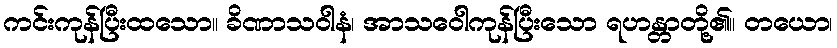
ကင်းကုန်ပြီးထသော။ ခိဏာသဝါနံ၊ အာသဝေါကုန်ပြီးသော ရဟန္တာတို့၏။ တယော၊